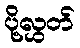
ပို့လွှတ်